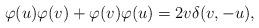
LaTeX: \begin{align*} \varphi(u)\varphi(v) + \varphi(v)\varphi(u) =2v\delta(v,-u), \end{align*}